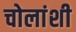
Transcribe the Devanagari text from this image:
चोलांशी